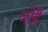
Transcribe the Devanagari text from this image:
जोहैं